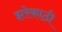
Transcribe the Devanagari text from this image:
झरेकाठी